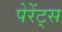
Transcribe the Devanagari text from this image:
पेरेंट्स